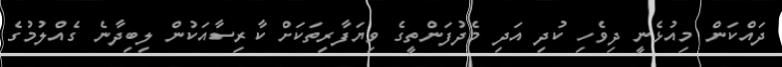
ދައްކަން މިއުޅެނީ ދިވެހި ކުދި އަދި މެދުފަންތީގެ ވިޔަފާރިތަކަށް ކާރިސާއަކުން ލިބިދާނެ ގެއްލުމުގެ